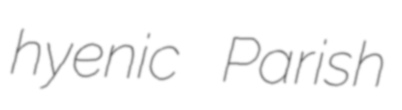
hyenic Parish